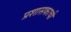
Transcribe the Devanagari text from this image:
प्रशासकाची